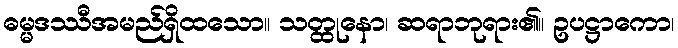
ဓမ္မဒဿီအမည်ရှိထသော။ သတ္ထုနော၊ ဆရာဘုရား၏။ ဥပဋ္ဌာကော၊